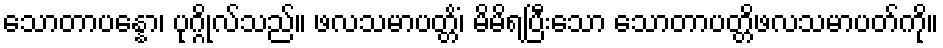
သောတာပန္နော၊ ပုဂ္ဂိုလ်သည်။ ဖလသမာပတ္တိံ၊ မိမိရပြီးသော သောတာပတ္တိဖလသမာပတ်ကို။